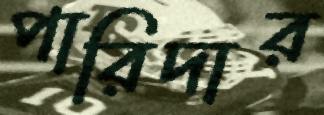
পারিদার